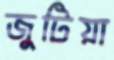
জুটিয়া